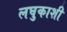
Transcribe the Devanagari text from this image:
लघुकाशी